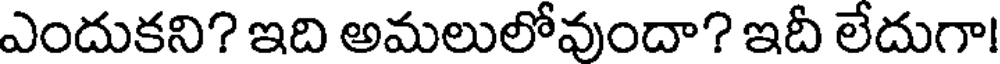
ఎందుకని? ఇది అమలులోవుందా? ఇదీ లేదుగా!